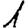
Digit: 1